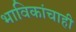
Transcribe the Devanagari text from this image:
भाविकांचाही